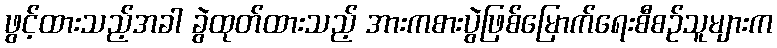
ဖွင့်ထားသည့်အခါ ခွဲထုတ်ထားသည့် အားကစားပွဲဖြစ်မြောက်ရေးစီစဉ်သူများက